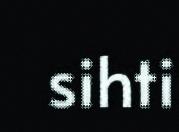
sihti